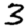
Digit: 3